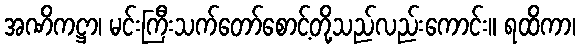
အဏိကဋ္ဌာ၊ မင်းကြီးသက်တော်စောင့်တို့သည်လည်းကောင်း။ ရထိကာ၊